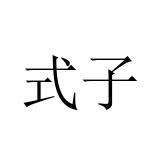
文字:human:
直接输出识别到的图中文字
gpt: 式子